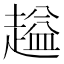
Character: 𬦜